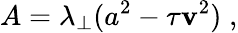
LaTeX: A=\lambda_{\perp}(a^{2}-\tau\mathbf{v}^{2})\; ,